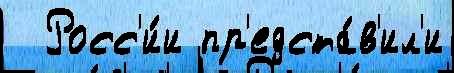
  Росс'и́и пр'едста́в'ил'и